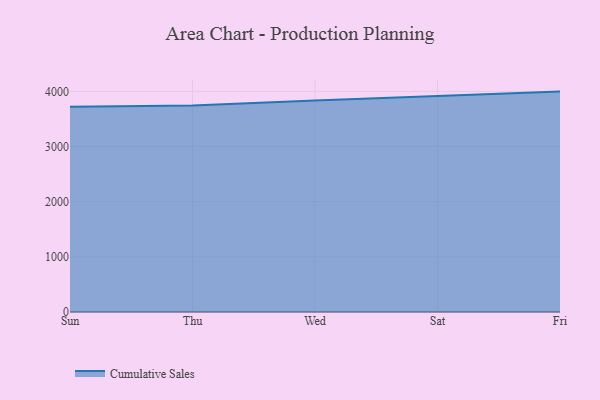
{"axis": {"x": "Day", "y": "Backlog"}, "legend": ["Cumulative Sales"], "data": [{"x": "Sun", "y": 3723.0, "type": "Cumulative Sales"}, {"x": "Thu", "y": 3745.2, "type": "Cumulative Sales"}, {"x": "Wed", "y": 3835.4, "type": "Cumulative Sales"}, {"x": "Sat", "y": 3911.7, "type": "Cumulative Sales"}, {"x": "Fri", "y": 3997.3, "type": "Cumulative Sales"}]}